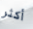
أكثر